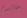
صائدي